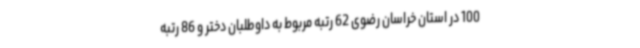
100 در استان خراسان رضوی 62 رتبه مربوط به داوطلبان دختر و 86 رتبه